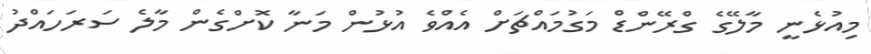
މިއުޅެނީ މާލޭގެ ގްރޭންޑް މަގުމައްޗަށް އެއްވެ އުޅުން މަނާ ކޮށްގެން މާލެ ސަރަހައްދު